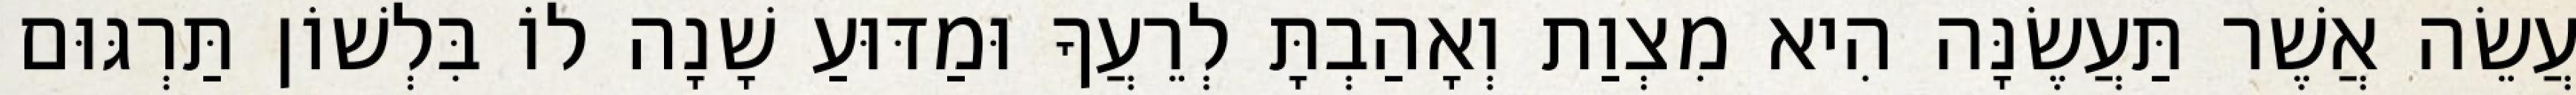
עֲשֵׂה אֲשֶׁר תַּעֲשֶׂנָּה הִיא מִצְוַת וְאָהַבְתָּ לְרֵעֲךָ וּמַדּוּעַ שָׁנָה לוֹ בִּלְשׁוֹן תַּרְגּוּם